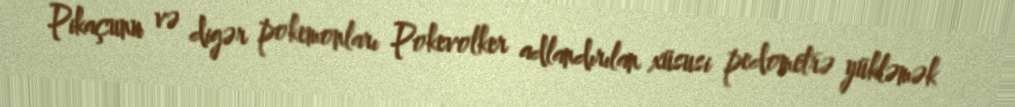
Pikaçunu və digər pokemonları Pokevolker adlandırılan xüsusi pedometrə yükləmək